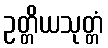
ဥတ္တိယသုတ္တံ